Scottish Leaving Certificate Examination, 1958
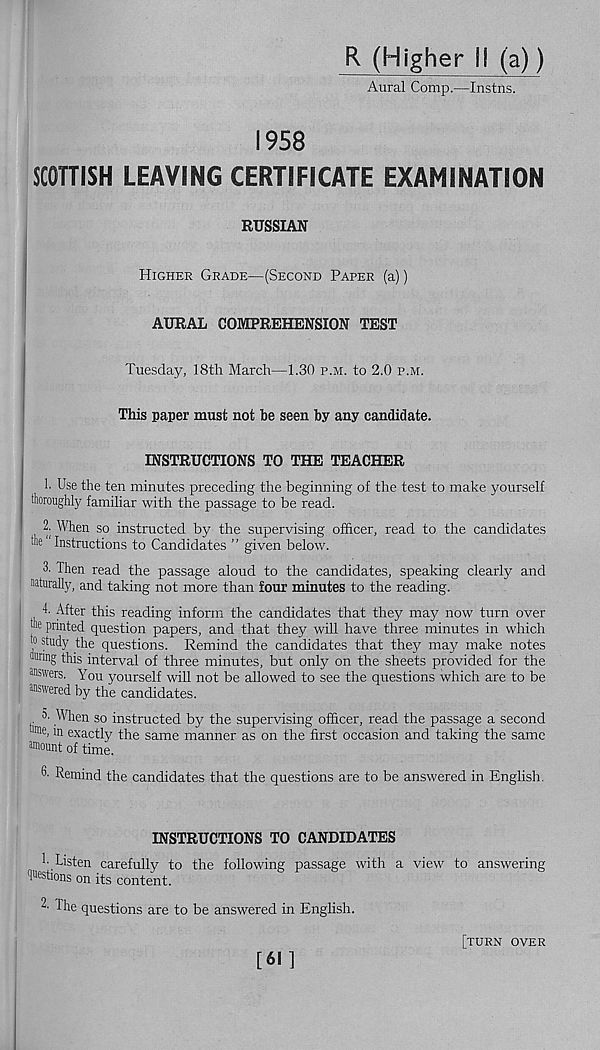
R (Higher II (a))
Aural Comp.—Instns.
1958
SCOTTISH LEAVING CERTIFICATE EXAMINATION
RUSSIAN
Higher Grade—(Second Paper (a))
AURAL COMPREHENSION TEST
Tuesday, 18th March—1.30 p.m. to 2.0 p.m.
This paper must not be seen by any candidate.
INSTRUCTIONS TO THE TEACHER
1. Use the ten minutes preceding the beginning of the test to make yourself
thoroughly familiar with the passage to be read.
2. When so instructed by the supervising officer, read to the candidates
the Instructions to Candidates ” given below.
3. Then read the passage aloud to the candidates, speaking clearly and
nturally, and taking not more than four minutes to the reading.
T After this reading inform the candidates that they may now turn over
t'e printed question papers, and that they will have three minutes in which
to study the questions. Remind the candidates that they may make notes
toinng this interval of three minutes, but only on the sheets provided for the
answers. You yourself will not be allowed to see the questions which are to be
answered by the candidates.
amount of time.
6- Remind the candidates that the questions are to be answered in English.
INSTRUCTIONS TO CANDIDATES
Listen carefully to the following passage with a view to answering
questions on its content.
2- The questions are to be answered in English.
[61]
[turn over